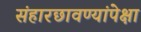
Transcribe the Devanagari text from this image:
संहारछावण्यांपेक्षा